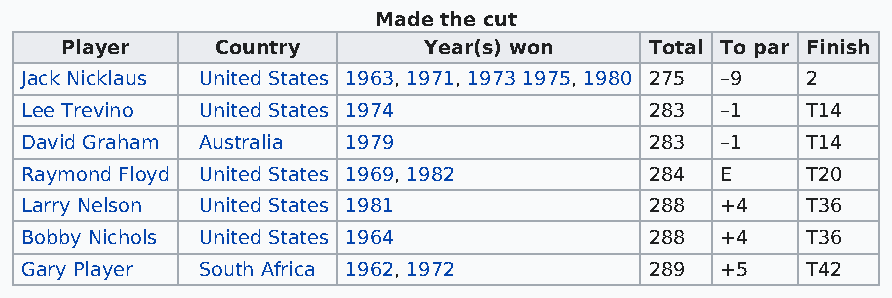
Made the cut
 Player    Country       Year(s) won    Total To par Finish
 Jack Nicklaus United States 1963, 1971, 1973 1975, 1980 275 –9 2
 Lee Trevino United States 1974            283  –1   T14
 David Graham Australia 1979               283  –1   T14
 Raymond Floyd United States 1969, 1982    284  E    T20
 Larry Nelson United States 1981           288  +4   T36
 Bobby Nichols United States 1964          288  +4   T36
 Gary Player South Africa 1962, 1972       289  +5   T42